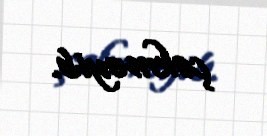
çəkməyib.